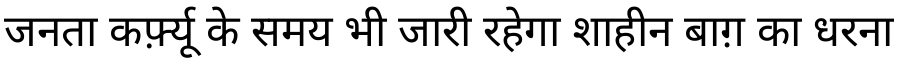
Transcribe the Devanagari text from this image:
जनता कर्फ़्यू के समय भी जारी रहेगा शाहीन बाग़ का धरना